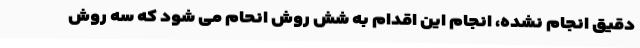
دقیق انجام نشده، انجام این اقدام به شش روش انحام می شود که سه روش